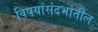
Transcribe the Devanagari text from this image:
विषयांसंदर्भातील